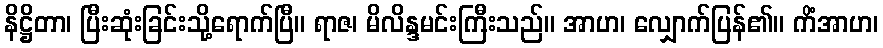
နိဋ္ဌိတာ၊ ပြီးဆုံးခြင်းသို့ရောက်ပြီ။ ရာဇ၊ မိလိန္ဒမင်းကြီးသည်။ အာဟ၊ လျှောက်ပြန်၏။ ကိံအာဟ၊